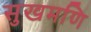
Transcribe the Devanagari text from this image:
सुखमणि